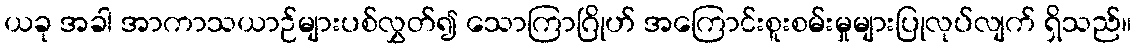
ယခု အခါ အာကာသယာဉ်များပစ်လွှတ်၍ သောကြာဂြိုဟ် အကြောင်းစူးစမ်းမှုများပြုလုပ်လျက် ရှိသည်။